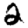
Digit: 2